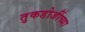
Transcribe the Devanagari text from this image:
तुकडोजींच्या